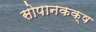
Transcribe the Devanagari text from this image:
सोपानकक्ष